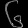
Digit: ၆